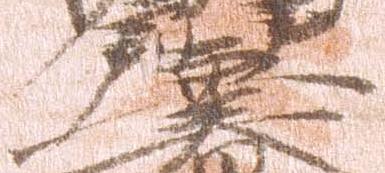
兼